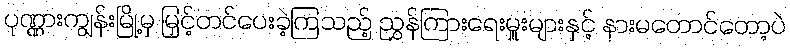
ပုဏ္ဏားကျွန်းမြို့မှ မြှင့်တင်ပေးခဲ့ကြသည့် ညွှန်ကြားရေးမှူးများနှင့် နားမတောင်တော့ပဲ